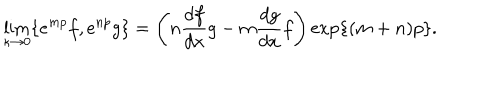
\lim _ { \kappa \to 0 } \{ e ^ { m p } f , e ^ { n p } g \} = \Bigg ( n \frac { d f } { d x } g - m \frac { d g } { d x } f \Bigg ) \exp \{ ( m + n ) p \} .